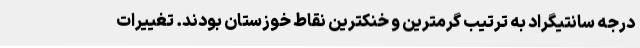
درجه سانتیگراد به ترتیب گرمترین و خنکترین نقاط خوزستان بودند. تغییرات